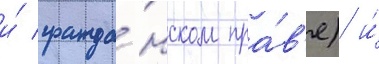
и́ гражда́нском пра́в'е) и́